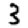
Digit: 3